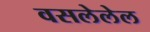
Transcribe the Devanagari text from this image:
वसलेलेल